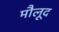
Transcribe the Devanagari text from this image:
मौलूद